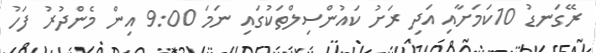
ރޭގަނޑު 10ކަމަށާއި އަދި ރަށު ކައުންސިލްތަކުގައި ނަމަ 9:00 އިން މެންދުރު ފަހު